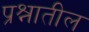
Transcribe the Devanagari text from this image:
प्रश्नातील